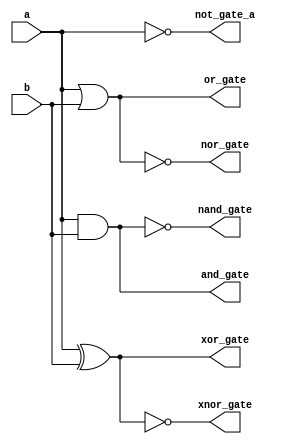
// logic_gates.v
// This Verilog file realizes all basic logic gates: AND, OR, NOT, NAND, NOR, XOR, and XNOR.

module logic_gates (
    input wire a,
    input wire b,
    output wire and_gate,
    output wire or_gate,
    output wire not_gate_a,
    output wire nand_gate,
    output wire nor_gate,
    output wire xor_gate,
    output wire xnor_gate
);

// Logic gate implementations
assign and_gate = a & b;
assign or_gate = a | b;
assign not_gate_a = ~a;
assign nand_gate = ~(a & b);
assign nor_gate = ~(a | b);
assign xor_gate = a ^ b;
assign xnor_gate = ~(a ^ b);

endmodule